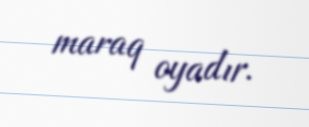
maraq oyadır.